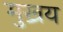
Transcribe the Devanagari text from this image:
मुख्रय